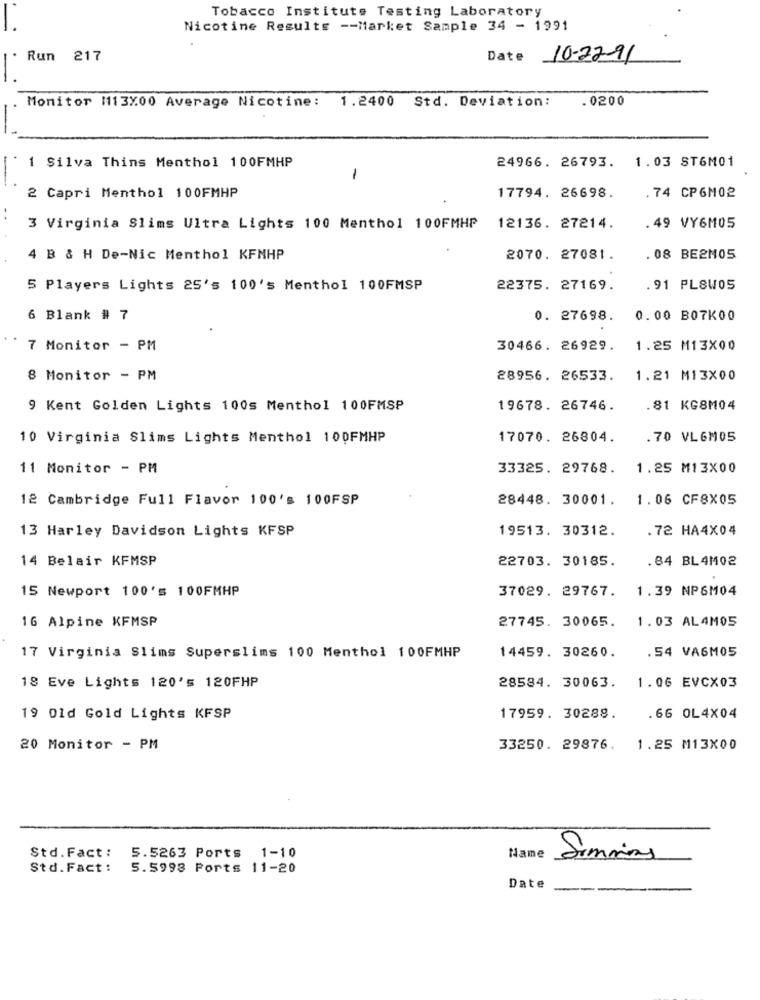
Tobacco Institute Testing Laboratory
Nicotine Results -- Market Sample 34 - 1991
Run 217
Date 10-22-91
Monitor M113X00 Average Nicotine: 1.2400 Std. Deviation:
. 0200
24966. 26793. 1.03 ST6M01
1 Silva Thins Menthol 100FMHP
1
2 Capri Menthol 100FMHP
17794. 26698.
.74 CP6M02
3 Virginia Slims Ultra Lights 100 Menthol 100FMHP
12136. 27214.
.49 VY6M05
4 B & H De-Nic Menthol KFNHP
2070. 27081.
. 08 BEZMOS
5 Players Lights 25's 100's Menthol 100FMSP
22375. 27169.
.91 PLSWOS
6 Blank # 7
0. 27698.
0.00 B07K00
7 Monitor - PM
30466. 26929.
1.25 M13X00
8 Monitor - PM
28956. 26533.
1.21 M13X00
9 Kent Golden Lights 100s Menthol 100FMSP
19678. 26746.
.81 KG8M04
10 Virginia Slims Lights Menthol 100FMHP
17070. 26804.
. 70 VL6M05
11 Monitor - PM
33325. 29768.
1.25 M13X00
12 Cambridge Full Flavor 100's 100FSP
28448. 30001.
1.06 CF8X05
13 Harley Davidson Lights KFSP
19513. 30312.
. 72 HA4X04
14 Belair KFMSP
22703. 30185.
.84 BL 4M02
15 Newport 100's 100FMHP
37029. 29767.
1.39 NP6M04
16 Alpine KFMSP
27745. 30065.
1.03 AL4M05
. 54 VA6M05
17 Virginia Slims Superslims 100 Menthol 100FMHP
14459. 30260.
28584. 30063.
18 Eve Lights 120's 120FHP
1.06 EVCX03
19 01d Gold Lights KFSP
17959. 30288.
.66 OL4X04
20 Monitor - PM
33250. 29876.
1.25 M13X00
Std. Fact :
5.5263 Ports 1-10
Name
Simmins
Std.Fact :
5.5993 Ports 11-20
Date